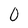
Character: 0